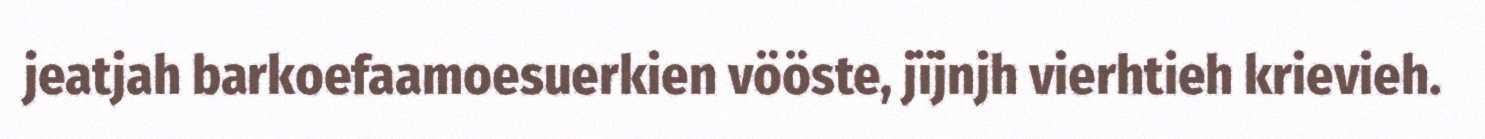
jeatjah barkoefaamoesuerkien vööste, jïjnjh vierhtieh krievieh.